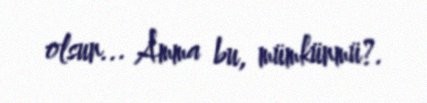
olsun... Amma bu, mümkünmü?.